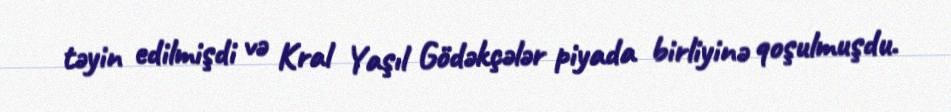
təyin edilmişdi və Kral Yaşıl Gödəkçələr piyada birliyinə qoşulmuşdu.